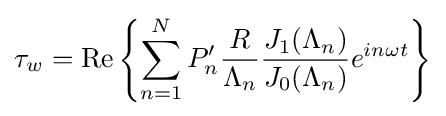
\tau _{w}=\mathrm {Re} \left\{\sum _{n=1}^{N}P'_{n}{\frac {R}{\Lambda _{n}}}{\frac {J_{1}(\Lambda _{n})}{J_{0}(\Lambda _{n})}}e^{in\omega t}\right\}